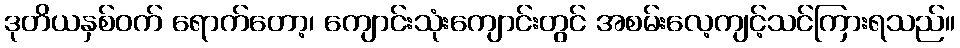
ဒုတိယနှစ်ဝက် ရောက်တော့၊ ကျောင်းသုံးကျောင်းတွင် အစမ်းလေ့ကျင့်သင်ကြားရသည်။